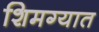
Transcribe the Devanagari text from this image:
शिमग्यात